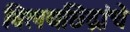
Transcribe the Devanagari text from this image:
विलयछिद्रांचे